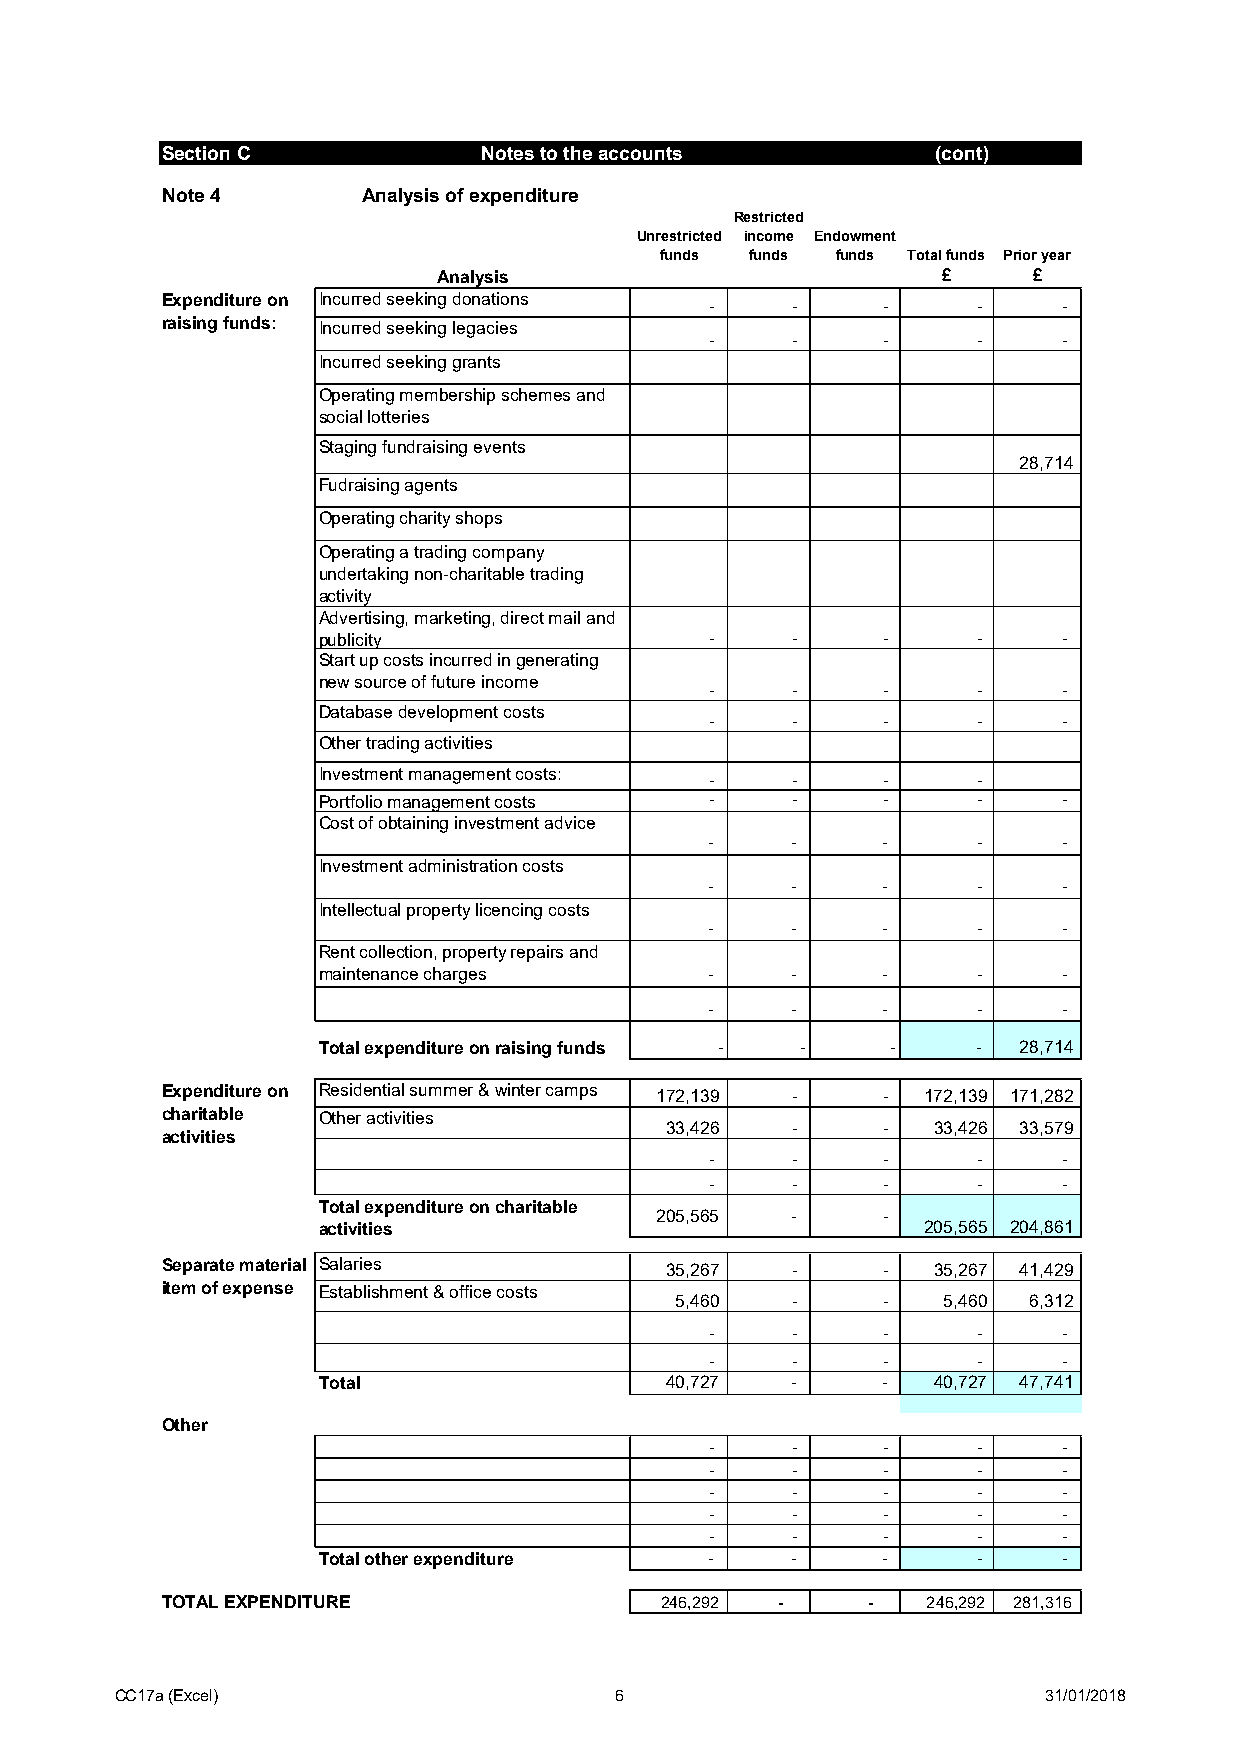
Section C            Notes to the accounts         (cont)
 Note 4       Analysis of expenditure
 Restricted
 Unrestricted income Endowment
 funds funds funds Total funds Prior year
 Analysis                         £     £
 Expenditure on Incurred seeking donations - -  -      -    -
 raising funds: Incurred seeking legacies
 -    -     -      -    -
 Incurred seeking grants
 Operating membership schemes and
 social lotteries
 Staging fundraising events
 28,714
 Fudraising agents
 Operating charity shops
 Operating a trading company
 undertaking non-charitable trading
 activity
 Advertising, marketing, direct mail and
 publicity                 -    -     -      -    -
 Start up costs incurred in generating
 new source of future income
 -    -     -      -    -
 Database development costs
 -    -     -      -    -
 Other trading activities
 Investment management costs: - -     -      -
 Portfolio management costs -   -     -      -    -
 Cost of obtaining investment advice
 -    -     -      -    -
 Investment administration costs
 -    -     -      -    -
 Intellectual property licencing costs
 -    -     -      -    -
 Rent collection, property repairs and
 maintenance charges       -    -     -      -    -
 -    -     -      -    -
 Total expenditure on raising funds - - -    - 28,714
 Expenditure on Residential summer & winter camps 172,139 - - 172,139 171,282
 charitable Other activities
 33,426  -     -   33,426 33,579
 activities
 -    -     -      -    -
 -    -     -      -    -
 Total expenditure on charitable
 205,565  -     -
 activities                              205,565 204,861
 Separate material Salaries       35,267  -     -   35,267 41,429
 item of expense Establishment & office costs
 5,460  -     -   5,460 6,312
 -    -     -      -    -
 -    -     -      -    -
 Total                  40,727  -     -   40,727 47,741
 Other
 -    -     -      -    -
 -    -     -      -    -
 -    -     -      -    -
 -    -     -      -    -
 -    -     -      -    -
 Total other expenditure   -    -     -      -    -
 TOTAL EXPENDITURE                2 46,292 -   -   2 46,292 281,316
 CC17a (Excel)                    6                           31/01/2018